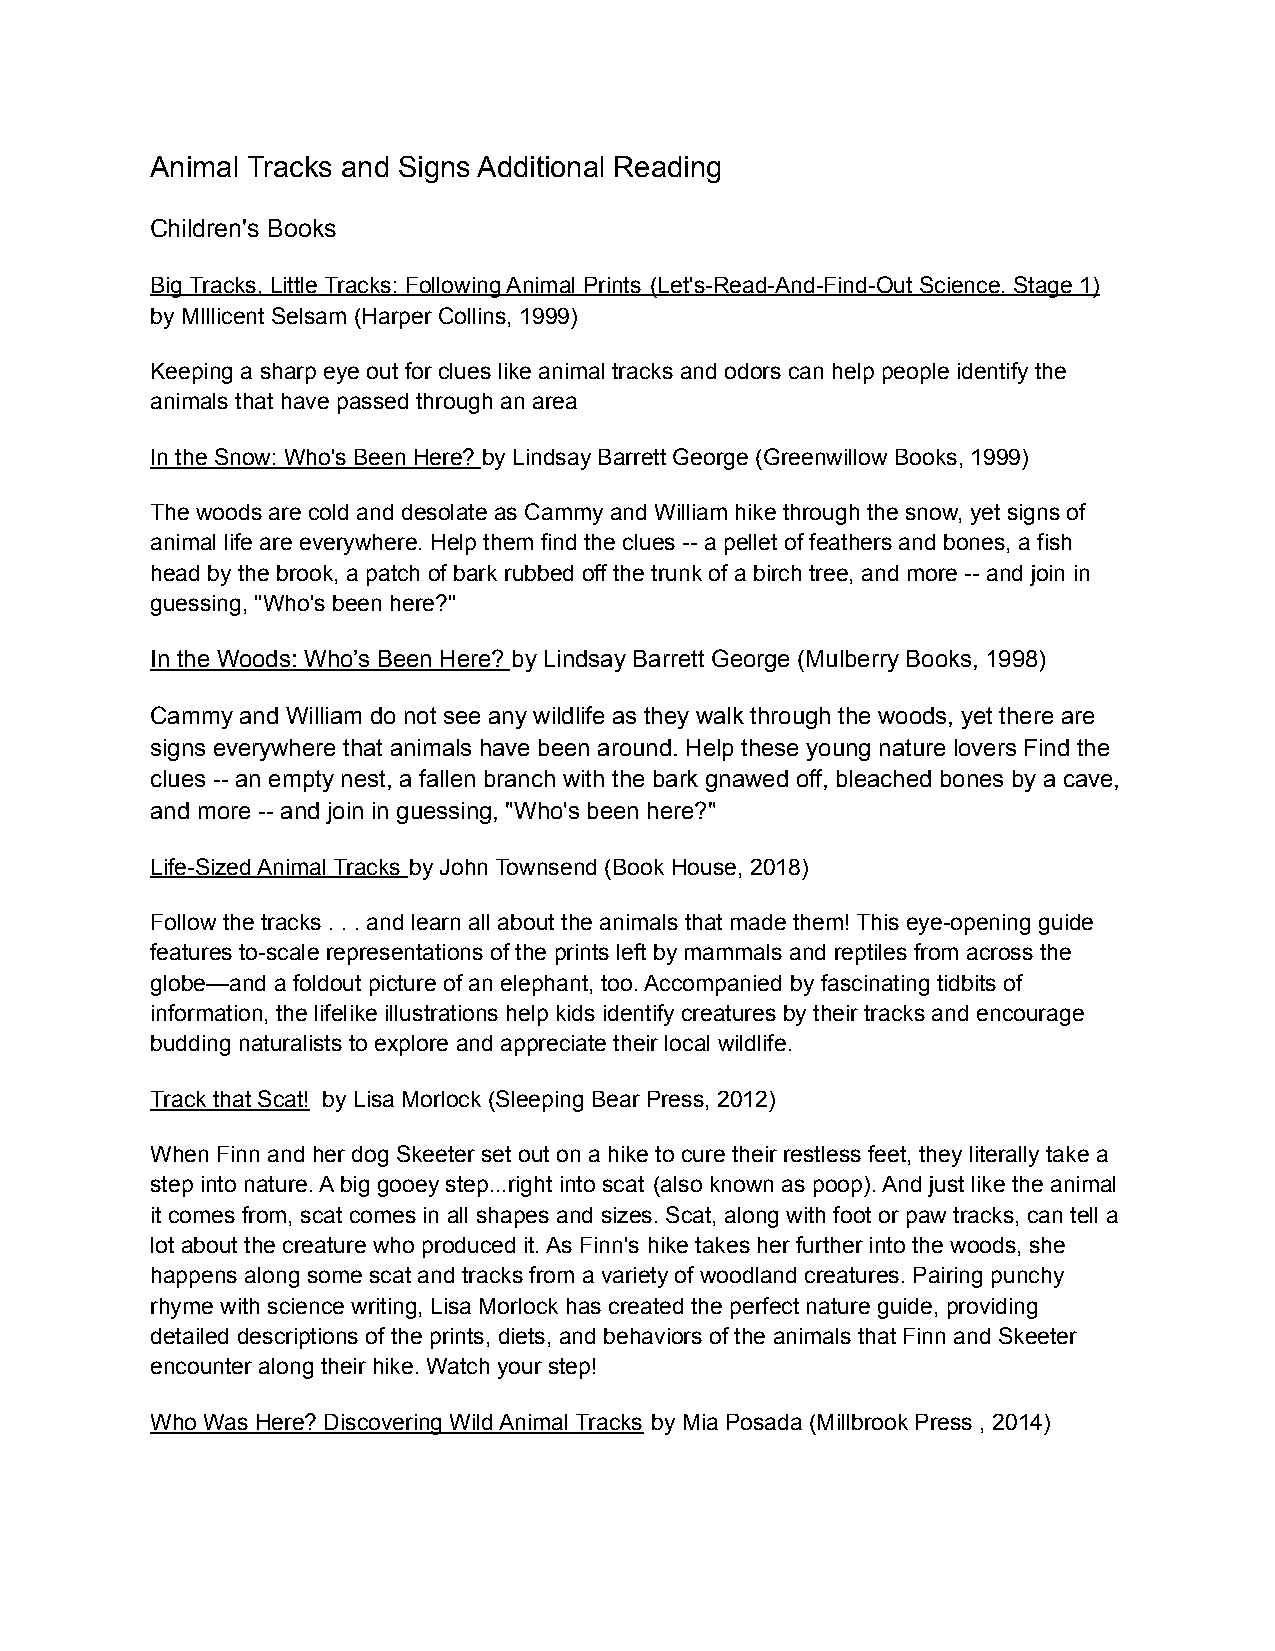
Animal Tracks and Signs Additional Reading
 Children's Books
 Big Tracks, Little Tracks: Following Animal Prints (Let's-Read-And-Find-Out Science. Stage 1)
 by MIllicent Selsam (Harper Collins, 1999)
 Keeping a sharp eye out for clues like animal tracks and odors can help people identify the
 animals that have passed through an area
 In the Snow: Who's Been Here? by Lindsay Barrett George (Greenwillow Books, 1999)
 The woods are cold and desolate as Cammy and William hike through the snow, yet signs of
 animal life are everywhere. Help them find the clues -- a pellet of feathers and bones, a fish
 head by the brook, a patch of bark rubbed off the trunk of a birch tree, and more -- and join in
 guessing, "Who's been here?"
 In the Woods: Who’s Been Here? by Lindsay Barrett George (Mulberry Books, 1998)
 Cammy and William do not see any wildlife as they walk through the woods, yet there are
 signs everywhere that animals have been around. Help these young nature lovers Find the
 clues -- an empty nest, a fallen branch with the bark gnawed off, bleached bones by a cave,
 and more -- and join in guessing, "Who's been here?"
 Life-Sized Animal Tracks by John Townsend (Book House, 2018)
 Follow the tracks . . . and learn all about the animals that made them! This eye-opening guide
 features to-scale representations of the prints left by mammals and reptiles from across the
 globe—and a foldout picture of an elephant, too. Accompanied by fascinating tidbits of
 information, the lifelike illustrations help kids identify creatures by their tracks and encourage
 budding naturalists to explore and appreciate their local wildlife.
 Track that Scat! by Lisa Morlock (Sleeping Bear Press, 2012)
 When Finn and her dog Skeeter set out on a hike to cure their restless feet, they literally take a
 step into nature. A big gooey step...right into scat (also known as poop). And just like the animal
 it comes from, scat comes in all shapes and sizes. Scat, along with foot or paw tracks, can tell a
 lot about the creature who produced it. As Finn's hike takes her further into the woods, she
 happens along some scat and tracks from a variety of woodland creatures. Pairing punchy
 rhyme with science writing, Lisa Morlock has created the perfect nature guide, providing
 detailed descriptions of the prints, diets, and behaviors of the animals that Finn and Skeeter
 encounter along their hike. Watch your step!
 Who Was Here? Discovering Wild Animal Tracks by Mia Posada (Millbrook Press , 2014)